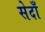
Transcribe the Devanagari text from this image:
सेदाँ